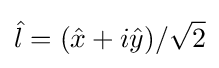
{\hat {l}}=({\hat {x}}+i{\hat {y}})/{\sqrt {2}}